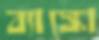
ব্যাঙ্কো